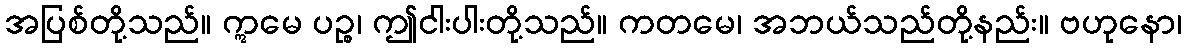
အပြစ်တို့သည်။ ဣမေ ပဉ္စ၊ ဤငါးပါးတို့သည်။ ကတမေ၊ အဘယ်သည်တို့နည်း။ ဗဟုနော၊